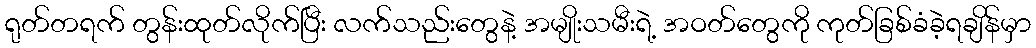
ရုတ်တရက် တွန်းထုတ်လိုက်ပြီး လက်သည်းတွေနဲ့ အမျိုးသမီးရဲ့ အဝတ်တွေကို ကုတ်ခြစ်ခံခဲ့ရချိန်မှာ